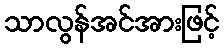
သာလွန်အင်အားဖြင့်